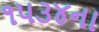
૧૫૩૪ના